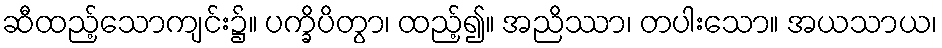
ဆီထည့်သောကျင်း၌။ ပက္ခိပိတွာ၊ ထည့်၍။ အညိဿာ၊ တပါးသော။ အယသာယ၊